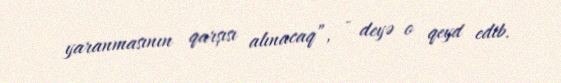
yaranmasının qarşısı alınacaq”, - deyə o qeyd edib.